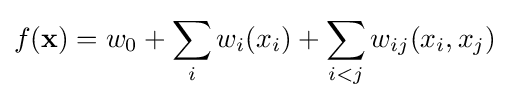
f(\mathbf {x} )=w_{0}+\sum _{i}w_{i}(x_{i})+\sum _{i<j}w_{ij}(x_{i},x_{j})